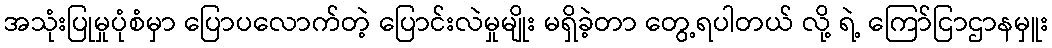
အသုံးပြုမှုပုံစံမှာ ပြောပလောက်တဲ့ ပြောင်းလဲမှုမျိုး မရှိခဲ့တာ တွေ့ရပါတယ် လို့ ရဲ့ ကြော်ငြာဌာနမှူး